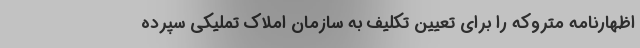
اظهارنامه متروکه را برای تعیین تکلیف به سازمان املاک تملیکی سپرده